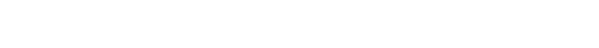
ထိုတရားတို့ကို။ ဥဂ္ဂဟေတဗ္ဗံဥဂ္ဂဟေတဗ္ဗေ၊ ယူအပ်သည်တို့ကို။